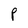
Character: P